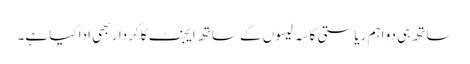
ساتھ ہی دو اہم ریاستی کاسہ لیسوں کے ساتھ ایجنٹ کا کردار بھی ادا کیا ہے۔